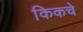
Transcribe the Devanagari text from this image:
किकचे